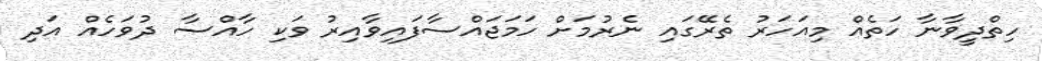
ހިތްދީވާނާ ހަތެއް މިއަހަރު ތެރޭގައި ނެރުމަށް ހަމަޖައްސާފައިވާއިރު ވަކި ހާއްސާ ދުވަހެއް އަދި